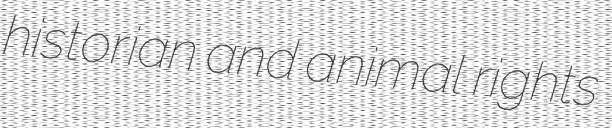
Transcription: historian and animal rights